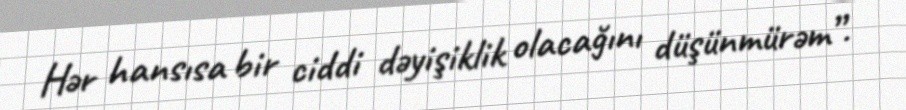
Hər hansısa bir ciddi dəyişiklik olacağını düşünmürəm”.